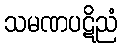
သမဏပဋိညံ